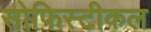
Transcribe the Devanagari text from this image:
सोफिस्टीकल